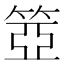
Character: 𥮳